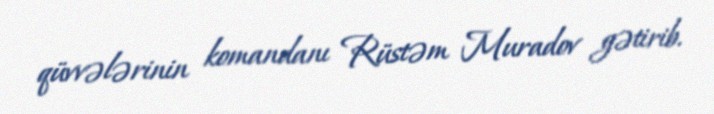
qüvvələrinin komandanı Rüstəm Muradov gətirib.